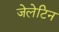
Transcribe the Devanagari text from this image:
जेलेटिन